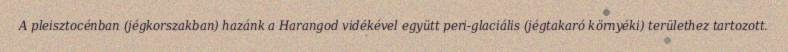
A pleisztocénban (jégkorszakban) hazánk a Harangod vidékével együtt peri-glaciális (jégtakaró környéki) területhez tartozott.